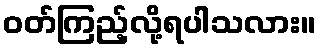
ဝတ်ကြည့်လို့ရပါသလား။